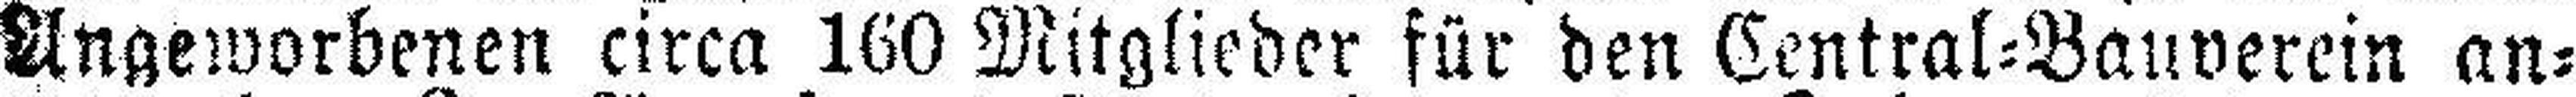
Angeworbenen circa 160 Mitglieder für den Central=Bauverein an¬